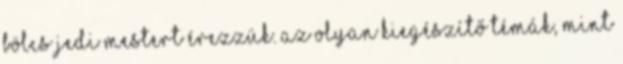
bölcs jedi mestert érezzük. Az olyan kiegészítő témák, mint